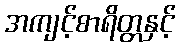
အကျင့်စာရိတ္တနှင့်